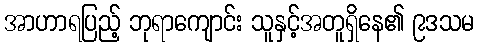
အာဟာရပြည့် ဘုရာကျောင်း သူနှင့်အတူရှိနေ၏ ၉ဒသမ